Lunatic asylums Central Provinces reports 1886-1894 - 1886-1894
Year: 1886
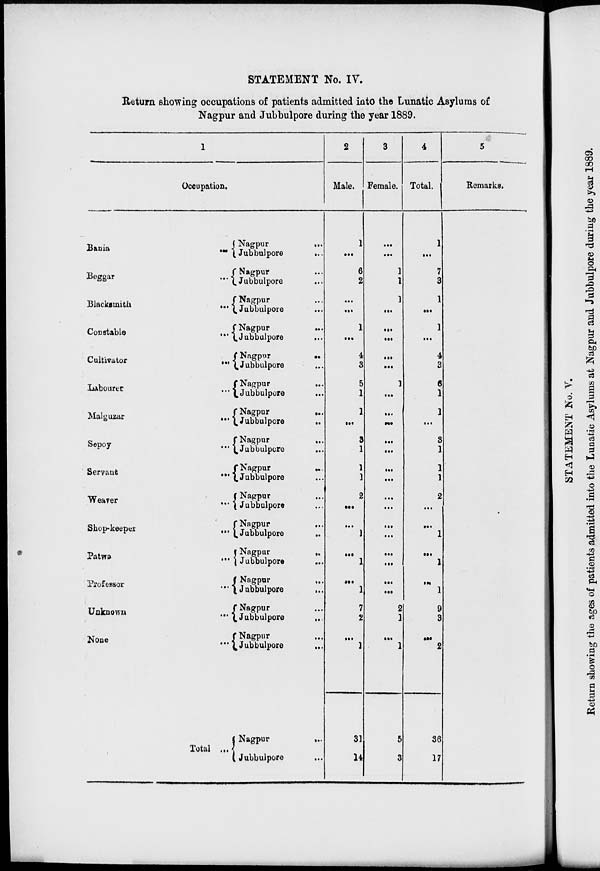
STATEMENT No. IV.
Return showing occupations of patients admitted into the Lunatic Asylums of
Nagpur and Jubbulpore during the year 1889.
1
Occupation.
Bania ...
Beggar ...
Blacksmith ...
Constable ...
Cultivator ...
Labourer ...
Malguzar ...
Sepoy ...
Servant ...
Weaver ...
Shop-keeper ...
Patwa
...
Professor ...
Unknown ...
None
...
Total
...
Nagpur
...
Jubbulpore
...
Nagpur ...
Jubbulpore ...
Nagpur ...
Jubbulpore ...
Nagpur
...
Jubbulpore ...
Nagpur
...
Jubbulpore ...
Nagpur
...
Jubbulpore ...
Nagpur
...
Jubbulpore
...
Nagpur ...
Jubbulpore
...
Nagpur ...
Jubbulpore ...
Nagpur ...
Jubbulpore ...
Nagpur ...
Jubbulpore ...
Nagpur
...
Jubbulpore
Nagpur ...
Jubbulpore
...
Nagpur ...
Jubbulpore
...
Nagpur ...
Jubbulpore
Nagpur
...
Jubbulpore ...
2
Male.
1
...
6
2
...
...
1
...
4
3
5
1
1
...
3
1
1
1
2
...
...
1
...
1
...
1
7
2
...
1
31
14
3
Female.
...
...
1
1
1
...
...
...
...
...
1
...
...
...
...
...
...
...
...
...
...
...
...
...
...
...
2
1
...
1
5
3
4
Total.
1
...
7
3
1
...
1
...
4
3
6
1
1
...
3
1
1
1
2
...
...
1
...
1
...
1
9
3
...
2
36
17
5
Remarks.